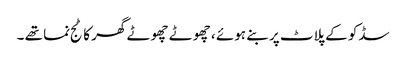
سڈکو کے پلاٹ پر بنے ہوئے ، چھوٹے چھوٹے گھر کاٹج نما تھے ۔